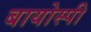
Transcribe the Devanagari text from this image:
बायोस्पी